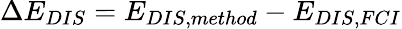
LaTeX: \Delta E_{DIS}=E_{DIS,method}-E_{DIS,FCI}